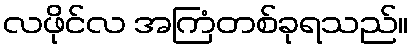
လဖိုင်လ အကြံတစ်ခုရသည်။